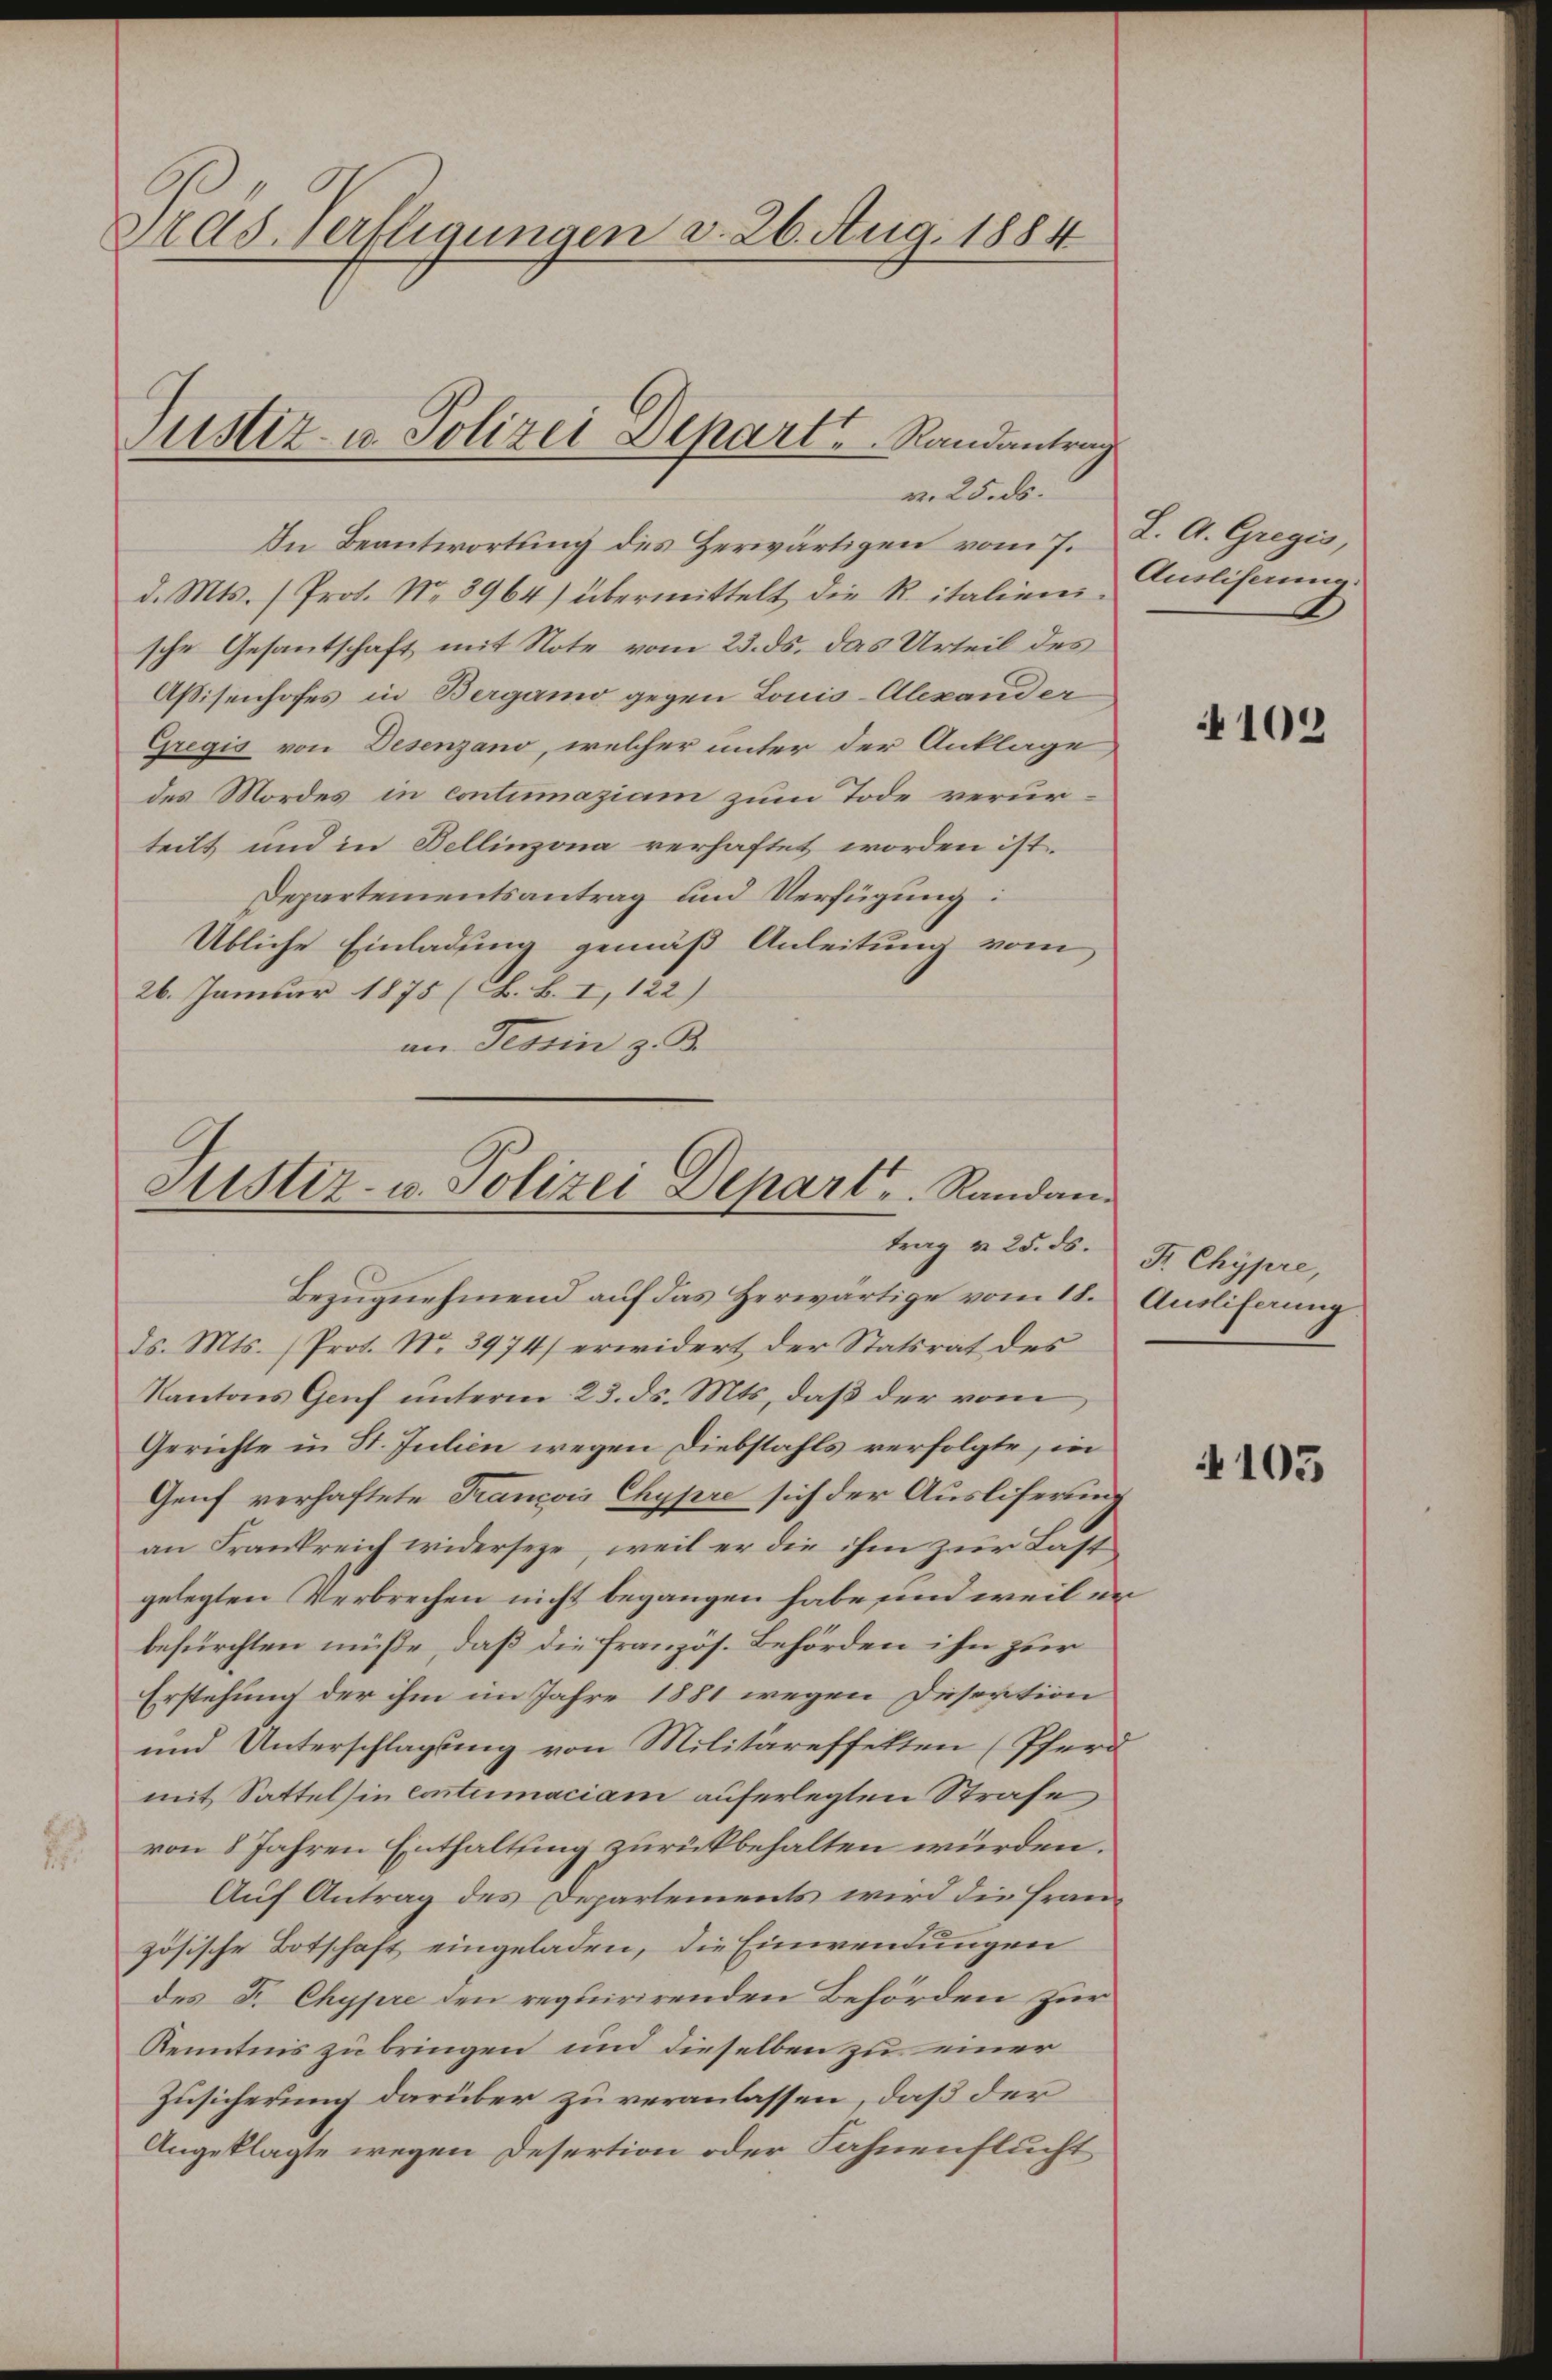
Pras. verfligungen d. 26. Aug. 1884

Justiz- u. Polizei Depart.   Randantrag
m. 25. ds.

In Beantwortung des Herwärtigen vom 7. J. A. Gregis,
d. Mts. (Prot. Nr. 8964) übermittelt die Ritalien Eliserung
sche Gesantschaft mit Note vom 23. ds. das Urteil des
Aßisenhofes in Bergamo gegen Louis-Alexander
Gregis von Desenzano, welcher unter der Anklage,
des Mordes in contimaziam zum Tode verurteilt und in Bellinzona verhaftet worden ist.
Departementsantrag und Verfügung:
Übliche Einladung gemäß Anleitung vom
26. Januar 1875 (L. B. I, 122)
an Tessin z. B.

Justiz- u. Polizei Depart. Randantrag u. 25. ds. F. Chypre,

Bezugnehmend auf das Herwärtige vom 11. Ausliferung.
ds. Mts. (Prot. No. 3974) erwidert der Statsrat des
Kantons Genf unterm 23. ds. Mts., daβ der vom
Gerichte in St. Julien wegen Diebstahls verfolgte, in
Genf verhaftete Francois Chypre sich der Ausliferung
an Frankreich widerseze, weil er die ihm zur Last
gelegten Verbrechen nicht begangen habe und weil in
befürchten müße, daß die französ. Behörden ihn zur
Erstehung der ihm im Jahre 1881 wegen Disertion
und Unterschlagung von Militäreffekten (Pferd
mit Sattelhin eintumaciam auferlegten Strafe
von 8 Jahren Enthaltung zurückbehalten würden.
Auf Antrag des Departements wird die Französische Botschaft eingeladen, die Einwendungen
des F. Chypre den requirirenden Behörden zur
Kenntnis zu bringen und dieselben zu einer
Zusicherung darüber zu veranlassen, daß der
Angeklagte wegen Desertion oder Fahnenflucht

102

4105